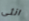
انثى